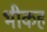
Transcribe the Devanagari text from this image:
भीकह